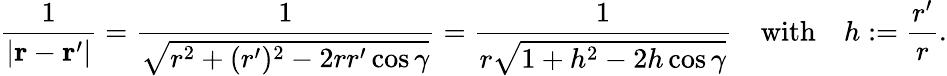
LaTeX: {\frac{1}{|\mathbf{r}-\mathbf{r}^{\prime}|}}={\frac{1}{\sqrt{r^{2}+(r^{\prime})^{2}-2rr^{\prime}\cos\gamma}}}={\frac{1}{r{\sqrt{1+h^{2}-2h\cos\gamma}}}}\quad{\mathrm{with}}\quad h:={\frac{r^{\prime}}{r}}.